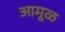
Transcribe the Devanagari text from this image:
आमूळ